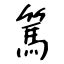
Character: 篤